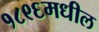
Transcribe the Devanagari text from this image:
१८९६मधील